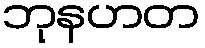
ဘုနဟတ